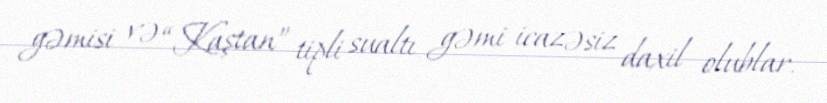
gəmisi və “Kaştan” tipli sualtı gəmi icazəsiz daxil olublar.